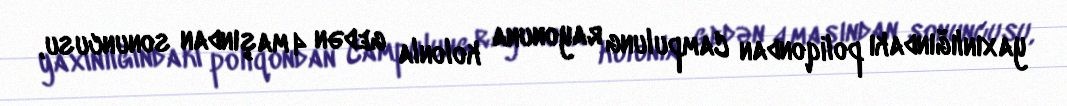
yaxınlığındakı poliqondan Campulung rayonuna kolonla gedən 4 maşından sonuncusu,